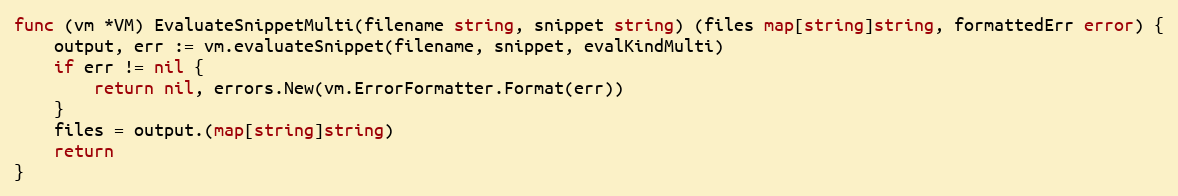
Language: Go
func (vm *VM) EvaluateSnippetMulti(filename string, snippet string) (files map[string]string, formattedErr error) {
	output, err := vm.evaluateSnippet(filename, snippet, evalKindMulti)
	if err != nil {
		return nil, errors.New(vm.ErrorFormatter.Format(err))
	}
	files = output.(map[string]string)
	return
}